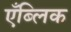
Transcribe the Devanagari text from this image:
एँब्लिक